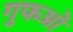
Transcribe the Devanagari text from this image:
गुफओं